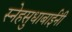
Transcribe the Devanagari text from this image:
स्नेहसुधाबाईंनी